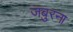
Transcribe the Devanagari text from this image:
जबुरना